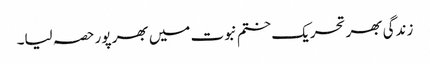
زندگی بھر تحریک ختم نبوت میں بھر پور حصہ لیا۔